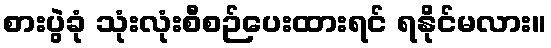
စားပွဲခုံ သုံးလုံးစီစဉ်ပေးထားရင် ရနိုင်မလား။